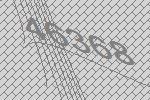
46368